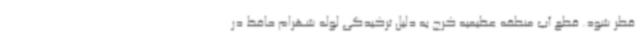
قطر شود. قطع آب منطقه عظیمیه کرج به دلیل ترکیدگی لوله شهرام حافظ در